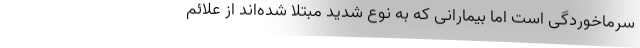
سرماخوردگی است اما بیمارانی که به نوع شدید مبتلا شده‌اند از علائم